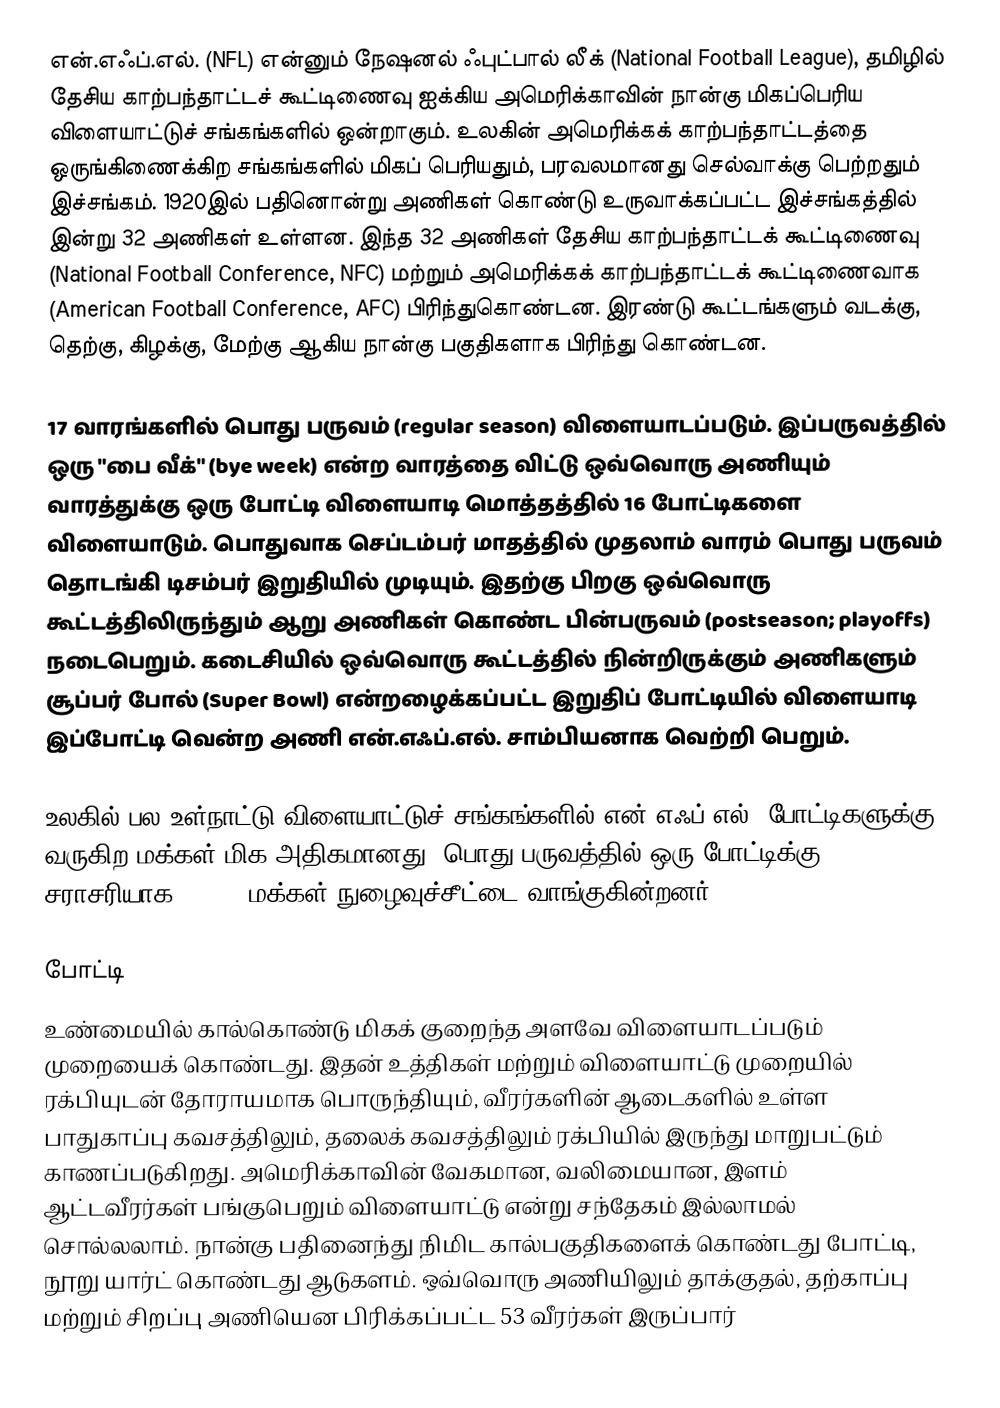
என்.எஃப்.எல். (NFL) என்னும் நேஷனல் ஃபுட்பால் லீக் (National Football League), தமிழில் தேசிய காற்பந்தாட்டச் கூட்டிணைவு ஐக்கிய அமெரிக்காவின் நான்கு மிகப்பெரிய விளையாட்டுச் சங்கங்களில் ஒன்றாகும். உலகின் அமெரிக்கக் காற்பந்தாட்டத்தை ஒருங்கிணைக்கிற சங்கங்களில் மிகப் பெரியதும், பரவலமானது செல்வாக்கு பெற்றதும் இச்சங்கம். 1920இல் பதினொன்று அணிகள் கொண்டு உருவாக்கப்பட்ட இச்சங்கத்தில் இன்று 32 அணிகள் உள்ளன. இந்த 32 அணிகள் தேசிய காற்பந்தாட்டக் கூட்டிணைவு (National Football Conference, NFC) மற்றும் அமெரிக்கக் காற்பந்தாட்டக் கூட்டிணைவாக (American Football Conference, AFC) பிரிந்துகொண்டன. இரண்டு கூட்டங்களும் வடக்கு, தெற்கு, கிழக்கு, மேற்கு ஆகிய நான்கு பகுதிகளாக பிரிந்து கொண்டன.

17 வாரங்களில் பொது பருவம் (regular season) விளையாடப்படும். இப்பருவத்தில் ஒரு "பை வீக்" (bye week) என்ற வாரத்தை விட்டு ஒவ்வொரு அணியும் வாரத்துக்கு ஒரு போட்டி விளையாடி மொத்தத்தில் 16 போட்டிகளை விளையாடும். பொதுவாக செப்டம்பர் மாதத்தில் முதலாம் வாரம் பொது பருவம் தொடங்கி டிசம்பர் இறுதியில் முடியும். இதற்கு பிறகு ஒவ்வொரு கூட்டத்திலிருந்தும் ஆறு அணிகள் கொண்ட பின்பருவம் (postseason; playoffs) நடைபெறும். கடைசியில் ஒவ்வொரு கூட்டத்தில் நின்றிருக்கும் அணிகளும் சூப்பர் போல் (Super Bowl) என்றழைக்கப்பட்ட இறுதிப் போட்டியில் விளையாடி இப்போட்டி வென்ற அணி என்.எஃப்.எல். சாம்பியனாக வெற்றி பெறும்.

உலகில் பல உள்நாட்டு விளையாட்டுச் சங்கங்களில் என்.எஃப்.எல். போட்டிகளுக்கு வருகிற மக்கள் மிக அதிகமானது. பொது பருவத்தில் ஒரு போட்டிக்கு சராசரியாக 67,591 மக்கள் நுழைவுச்சீட்டை வாங்குகின்றனர்.

போட்டி
உண்மையில் கால்கொண்டு மிகக் குறைந்த அளவே விளையாடப்படும் முறையைக் கொண்டது. இதன் உத்திகள் மற்றும் விளையாட்டு முறையில் ரக்பியுடன் தோராயமாக பொருந்தியும், வீரர்களின் ஆடைகளில் உள்ள பாதுகாப்பு கவசத்திலும், தலைக் கவசத்திலும் ரக்பியில் இருந்து மாறுபட்டும் காணப்படுகிறது. அமெரிக்காவின் வேகமான, வலிமையான, இளம் ஆட்டவீரர்கள் பங்குபெறும் விளையாட்டு என்று சந்தேகம் இல்லாமல் சொல்லலாம். நான்கு பதினைந்து நிமிட கால்பகுதிகளைக் கொண்டது போட்டி, நூறு யார்ட் கொண்டது ஆடுகளம். ஒவ்வொரு அணியிலும் தாக்குதல், தற்காப்பு மற்றும் சிறப்பு அணியென பிரிக்கப்பட்ட 53 வீரர்கள் இருப்பார்